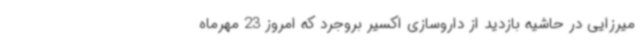
میرزایی در حاشیه بازدید از داروسازی اکسیر بروجرد که امروز 23 مهرماه